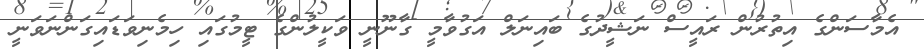
އެމާސަންގެ އިތުރުން ރައީސް ނަޝީދުގެ ބައިނަލް އަގުވާމީ ގާނޫނީ ވަކީލުންގެ ޓީމުގައި ހިމެނިވަޑައިގަންނަވަނީ